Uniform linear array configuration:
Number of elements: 12
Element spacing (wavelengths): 0.5
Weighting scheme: uniform
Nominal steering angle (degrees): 45
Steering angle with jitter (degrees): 44.782
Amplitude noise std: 0.05
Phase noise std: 0.05

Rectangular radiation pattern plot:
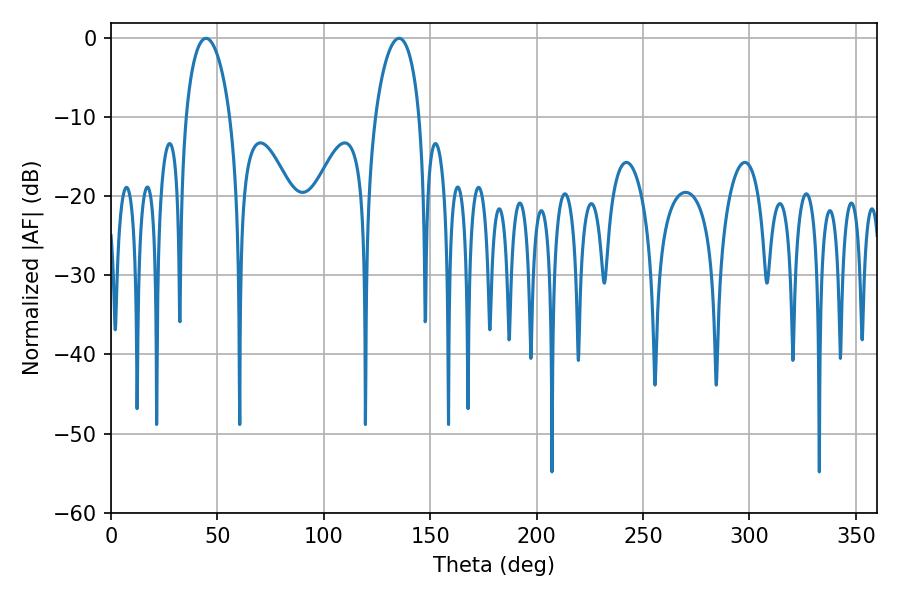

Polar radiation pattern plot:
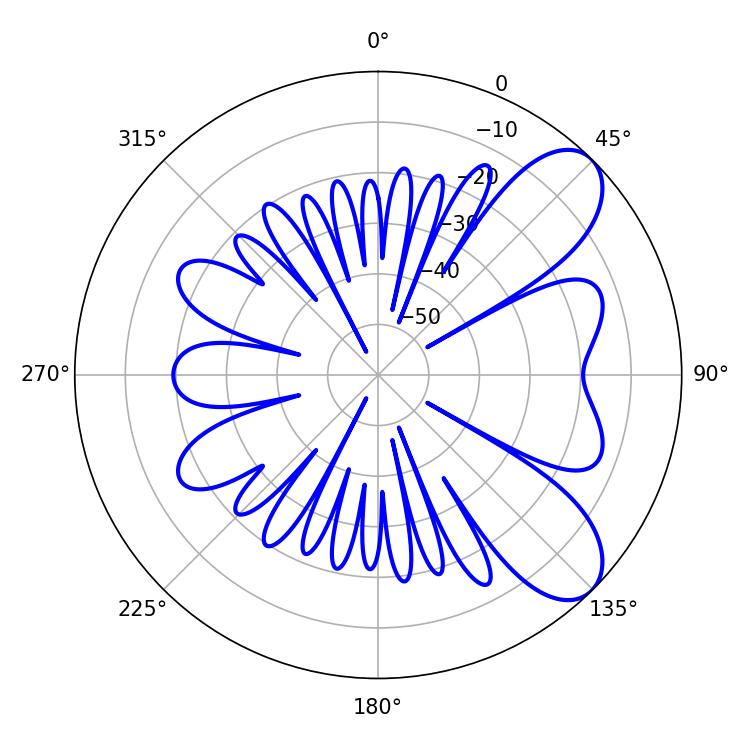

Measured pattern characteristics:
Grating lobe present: FALSE
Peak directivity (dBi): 7.964
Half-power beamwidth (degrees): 11.88
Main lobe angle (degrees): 44.64